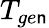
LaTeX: T_{ge\mathsf{n}}